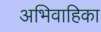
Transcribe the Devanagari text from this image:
अभिवाहिका